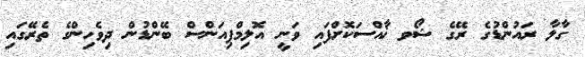
ގާލާ ރައުންޑުގެ ރޭގެ ޝޯވ ޚާއްސަކޮށްފައި ވަނީ އޮލިމްޕިއަންސް ބޭންޑުން ދިވެހިންގެ ތެރޭގައި